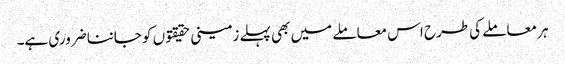
ہر معاملے کی طرح اس معاملے میں بھی پہلے زمینی حقیقتو ں کو جاننا ضروری ہے۔